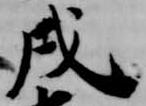
戌